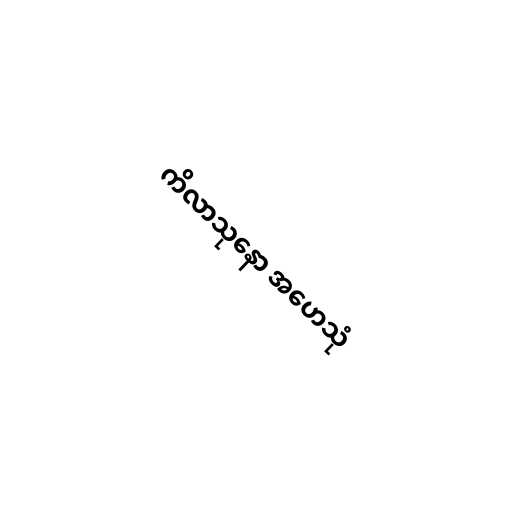
ကိလာသုနော အဟေသုံ